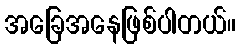
အခြေအနေဖြစ်ပါတယ်။